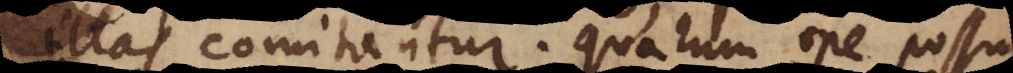
illas comitantur. Quarum ope possumus